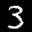
Label: 3